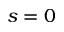
s = 0